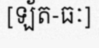
[ឡ័ត-ធៈ]